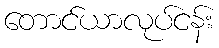
တောင်ယာလုပ်ငန်း